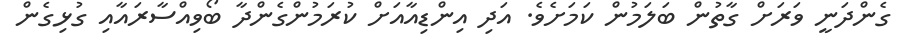
ގެންދަނީ ވަރަށް ގާތުން ބަލަމުން ކަމަށެވެ. އަދި އިންޑިއާއަށް ކުރަމުންގެންދާ ބޯވިއްސާރައާއި ގުޅިގެން